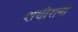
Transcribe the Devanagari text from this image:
शचीरानी